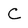
Character: C